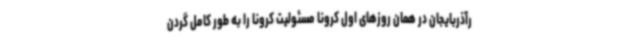
رآذربایجان در همان روزهای اول کرونا مسئولیت کرونا را به طور کامل گردن